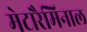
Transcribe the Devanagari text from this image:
मेटारैमिनाल